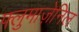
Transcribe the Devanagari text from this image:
फ्लुमाज़ेनिल